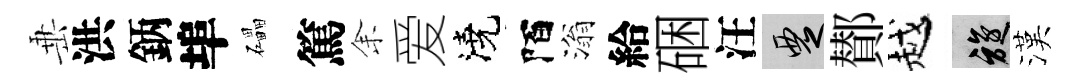
𡸁洪鈵埠礧篤𪜬爱澆陌滃給硱汪覂鄼越旋漢